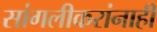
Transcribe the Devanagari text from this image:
सांगलीकरांनाही